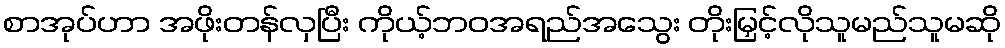
စာအုပ်ဟာ အဖိုးတန်လှပြီး ကိုယ့်ဘဝအရည်အသွေး တိုးမြှင့်လိုသူမည်သူမဆို